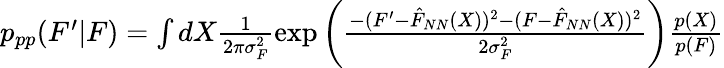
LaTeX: \begin{array}{r}{p_{pp}(F^{\prime}|F)=\int dX\frac{1}{2\pi\sigma_{F}^{2}}\exp\left(\frac{-(F^{\prime}-\hat{F}_{NN}(X))^{2}-(F-\hat{F}_{NN}(X))^{2}}{2\sigma_{F}^{2}}\right)\frac{p(X)}{p(F)}}\end{array}